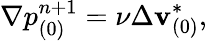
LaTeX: \nabla p_{(0)}^{n+1}=\nu\Delta\mathbf{v}_{(0)}^{*},